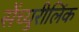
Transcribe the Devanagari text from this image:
सेंच्युरीलिंक